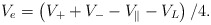
\begin{align*}V_{e} = \left( V_{+} + V_{-} - V_{\|} - V_{L} \right) / 4.\end{align*}